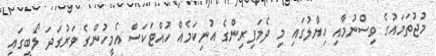
މުޖުތަމައުގެ ވިސްނުމާއި ހިޔާލުގައި މި ދެމަފިރިންގެ އުނިކަމެއް ހުއްޓަކަސް އެމީހުންގެ ވަރުގަދަ ލޯބީގައި